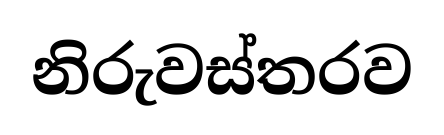
නිරුවස්තරව